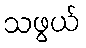
သဖွယ်